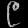
Digit: ၉